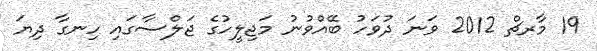
19 މާރޗް 2012 ވަނަ ދުވަހު ބޭއްވުނު މަޖިލީހުގެ ޖަލްސާގައި ހިނގާ ދިޔަ